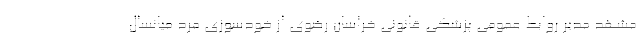
مشهد مدیر روابط عمومی پزشکی قانونی خراسان رضوی از خودسوزی مرد میانسال